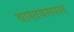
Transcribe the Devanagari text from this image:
वास्तवरूपात